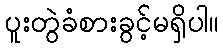
ပူးတွဲခံစားခွင့်မရှိပါ။